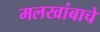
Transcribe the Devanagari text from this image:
मलखांबाचे